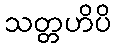
သတ္တဟိပိ